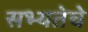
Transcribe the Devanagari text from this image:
सभ्यतेचे